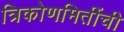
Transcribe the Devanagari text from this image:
त्रिकोणमितींची